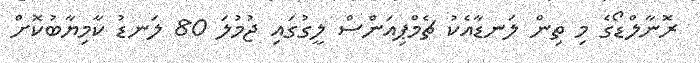
ރޮނާލްޑޯގެ މި ތިން ލަނޑާއެކު ޗެމްޕިއަންސް ލީގުގައި ޖުމުލަ 80 ލަނޑު ކާމިޔާބުކޮށް